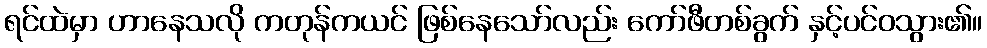
ရင်ထဲမှာ ဟာနေသလို ကတုန်ကယင် ဖြစ်နေသော်လည်း ကော်ဖီတစ်ခွက် နှင့်ပင်ဝသွား၏။